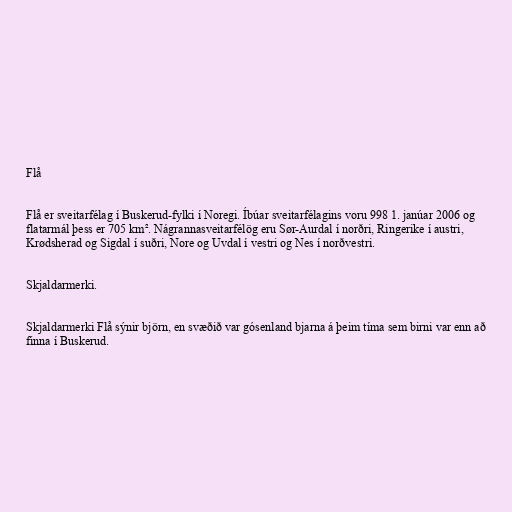
Flå

Flå er sveitarfélag í Buskerud-fylki í Noregi. Íbúar sveitarfélagins voru 998 1. janúar 2006 og
flatarmál þess er 705 km². Nágrannasveitarfélög eru Sør-Aurdal í norðri, Ringerike í austri,
Krødsherad og Sigdal í suðri, Nore og Uvdal í vestri og Nes í norðvestri.

Skjaldarmerki.

Skjaldarmerki Flå sýnir björn, en svæðið var gósenland bjarna á þeim tíma sem birni var enn að
finna í Buskerud.